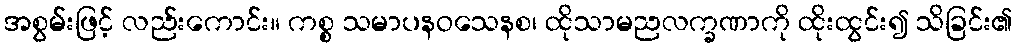
အစွမ်းဖြင့် လည်းကောင်း။ ကစ္စ သမာပနဝသေနစ၊ ထိုသာမညလက္ခဏာကို ထိုးထွင်း၍ သိခြင်း၏